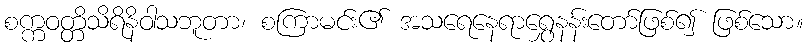
စက္ကဝတ္တိသိရိနိဝါသဘူတာ၊ စကြာမင်း၏ အသရေနေရာရွှေနန်းတော်ဖြစ်၍ ဖြစ်သော။